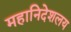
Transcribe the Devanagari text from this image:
महानिदेशलय